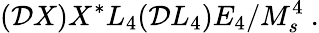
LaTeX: ({\cal D}X)X^{*}L_{4}({\cal D}L_{4})E_{4}/M_{s}^{4}~.